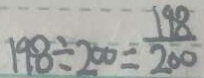
1 9 8 \div 2 0 0 = \frac { 1 9 8 } { 2 0 0 }